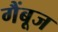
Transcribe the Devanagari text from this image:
गैंबूज